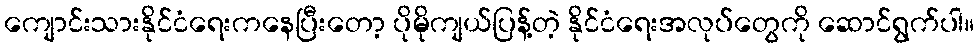
ကျောင်းသားနိုင်ငံရေးကနေပြီးတော့ ပိုမိုကျယ်ပြန့်တဲ့ နိုင်ငံရေးအလုပ်တွေကို ဆောင်ရွက်ပါ။